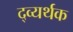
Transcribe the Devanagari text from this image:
द्व्यर्थक